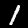
Label: 1